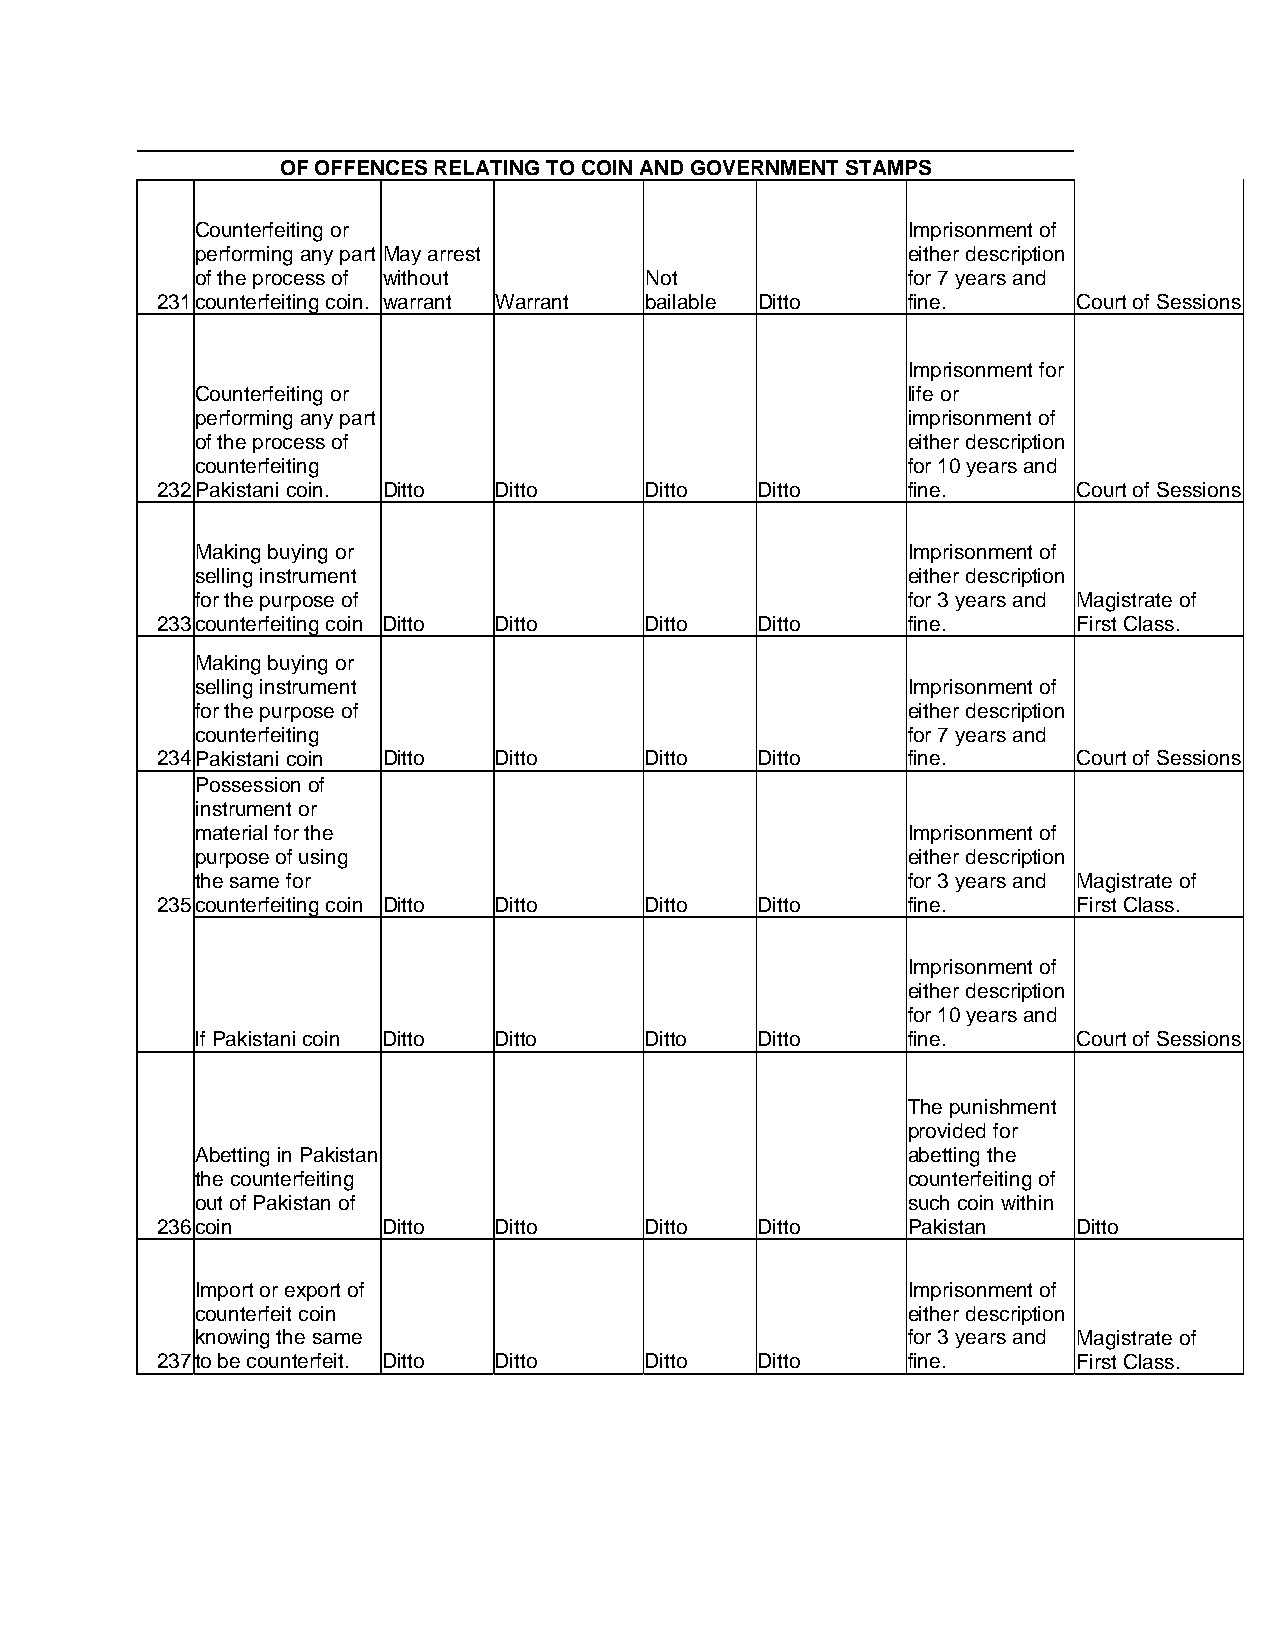
OF OFFENCES RELATING TO COIN AND GOVERNMENT STAMPS
 Counterfeiting or                              Imprisonment of
 performing any part May arrest                 either description
 of the process of without     Not              for 7 years and
 231 counterfeiting coin. warrant Warrant bailable Ditto fine. Court of Sessions
 Imprisonment for
 Counterfeiting or                              life or
 performing any part                            imprisonment of
 of the process of                              either description
 counterfeiting                                 for 10 years and
 232 Pakistani coin. Ditto Ditto  Ditto  Ditto     fine.      Court of Sessions
 Making buying or                               Imprisonment of
 selling instrument                             either description
 for the purpose of                             for 3 years and Magistrate of
 233 counterfeiting coin Ditto Ditto Ditto Ditto   fine.      First Class.
 Making buying or
 selling instrument                             Imprisonment of
 for the purpose of                             either description
 counterfeiting                                 for 7 years and
 234 Pakistani coin Ditto Ditto   Ditto  Ditto     fine.      Court of Sessions
 Possession of
 instrument or
 material for the                               Imprisonment of
 purpose of using                               either description
 the same for                                   for 3 years and Magistrate of
 235 counterfeiting coin Ditto Ditto Ditto Ditto   fine.      First Class.
 Imprisonment of
 either description
 for 10 years and
 If Pakistani coin Ditto Ditto Ditto  Ditto     fine.      Court of Sessions
 The punishment
 provided for
 Abetting in Pakistan                           abetting the
 the counterfeiting                             counterfeiting of
 out of Pakistan of                             such coin within
 236 coin       Ditto   Ditto     Ditto  Ditto     Pakistan   Ditto
 Import or export of                            Imprisonment of
 counterfeit coin                               either description
 knowing the same                               for 3 years and Magistrate of
 237 to be counterfeit. Ditto Ditto Ditto Ditto    fine.      First Class.